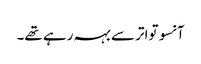
آنسو تواتر سے بہہ رہے تھے۔